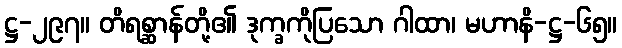
ဋ္ဌ-၂၉၇။ တိရစ္ဆာန်တို့၏ ဒုက္ခကိုပြသော ဂါထာ၊ မဟာနိ-ဋ္ဌ-၆၅။